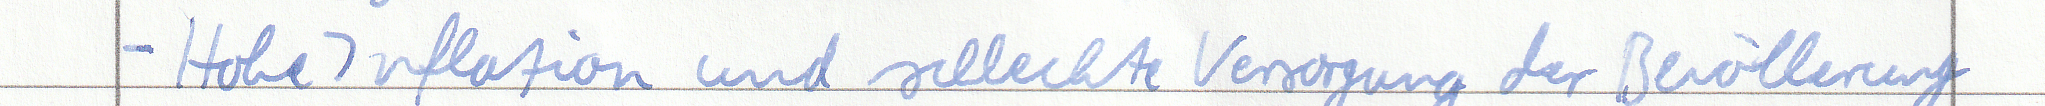
- Hohe Inflation und schlechte Versorgung der Bevölkerung